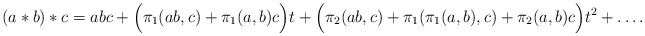
\begin{align*}(a*b)*c = abc + \Big(\pi_1(ab,c) + \pi_1(a,b)c\Big)t + \Big(\pi_2(ab,c) + \pi_1(\pi_1(a,b),c) + \pi_2(a,b)c\Big)t^2 + \dots .\end{align*}